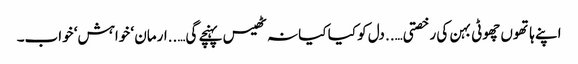
اپنے ہاتھوں چھوٹی بہن کی رخصتی…..دل کو کیا کیا نہ ٹھیس پہنچے گی…..ارمان ‘ خواہش‘ خواب۔